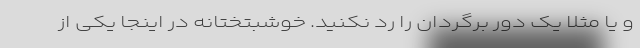
و یا مثلا یک دور برگردان را رد نکنید. خوشبتختانه در اینجا یکی از